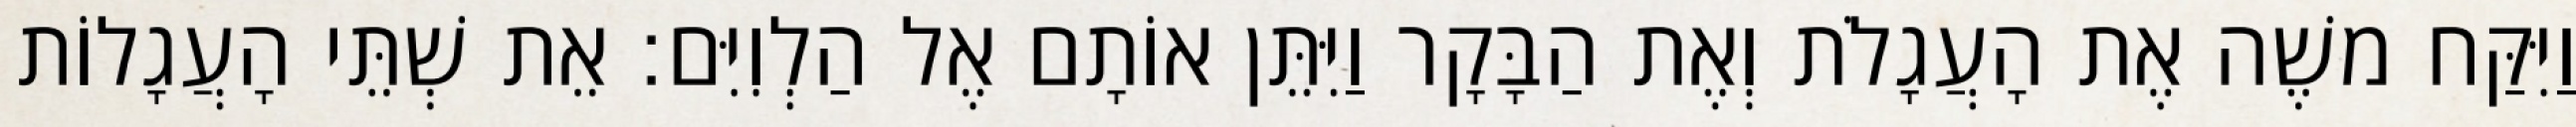
וַיִּקַּח משֶׁה אֶת הָעֲגָלֹת וְאֶת הַבָּקָר וַיִּתֵּן אוֹתָם אֶל הַלְוִיִּם׃ אֵת שְׁתֵּי הָעֲגָלוֹת